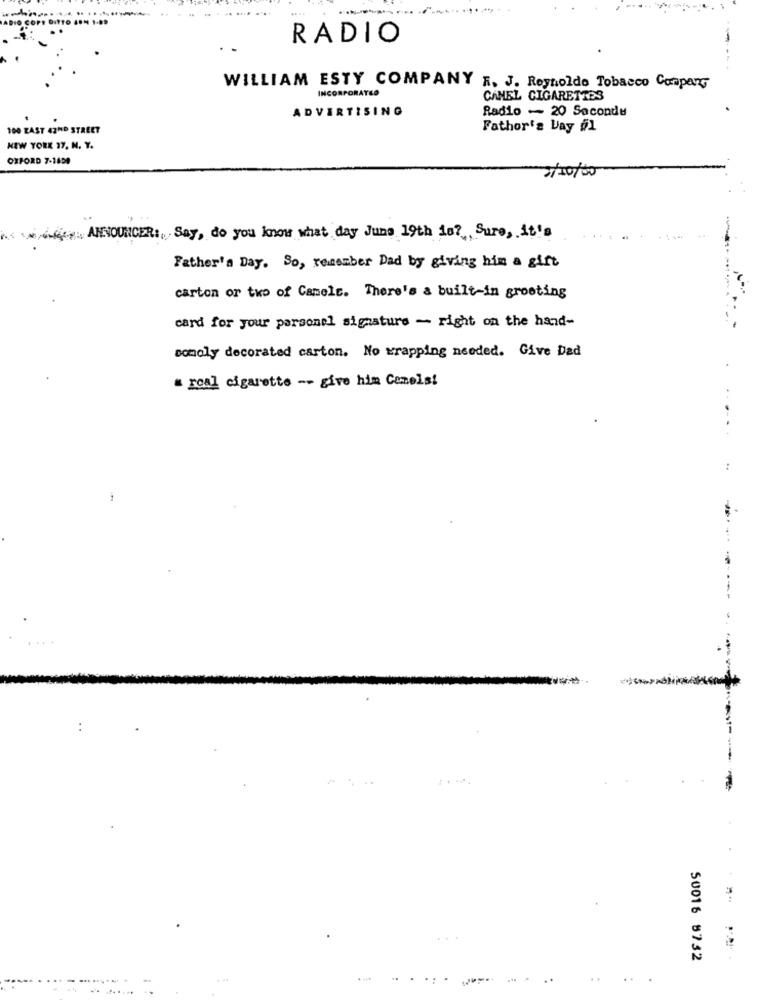
RADIO
WILLIAM ESTY COMPANY R. J. Reynolds Tobacco Company
INCORPORATED
CANEL CIGARETTES
ADVERTISING
Radio - 20 Seconde
100 LAST 42ND STREET
Fathor's Day øl
NEW YORK 37, N. Y.
OXFORD 7-1499
2/10/00
ANNOUNCER: Say, do you know what day June 19th is? Sure, it's
Father's Day. So, remember Dad by giving him a gift
carton or two of Camelt. There's a built-in grooting
card for your personal signature - right on the hand-
sonoly decorated carton. No wrapping needed. Give Dad
" real cigarette -- give him Canels!
..
..
-------
:
--
50016 8732
..